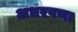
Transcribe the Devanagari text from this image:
अधरपणा